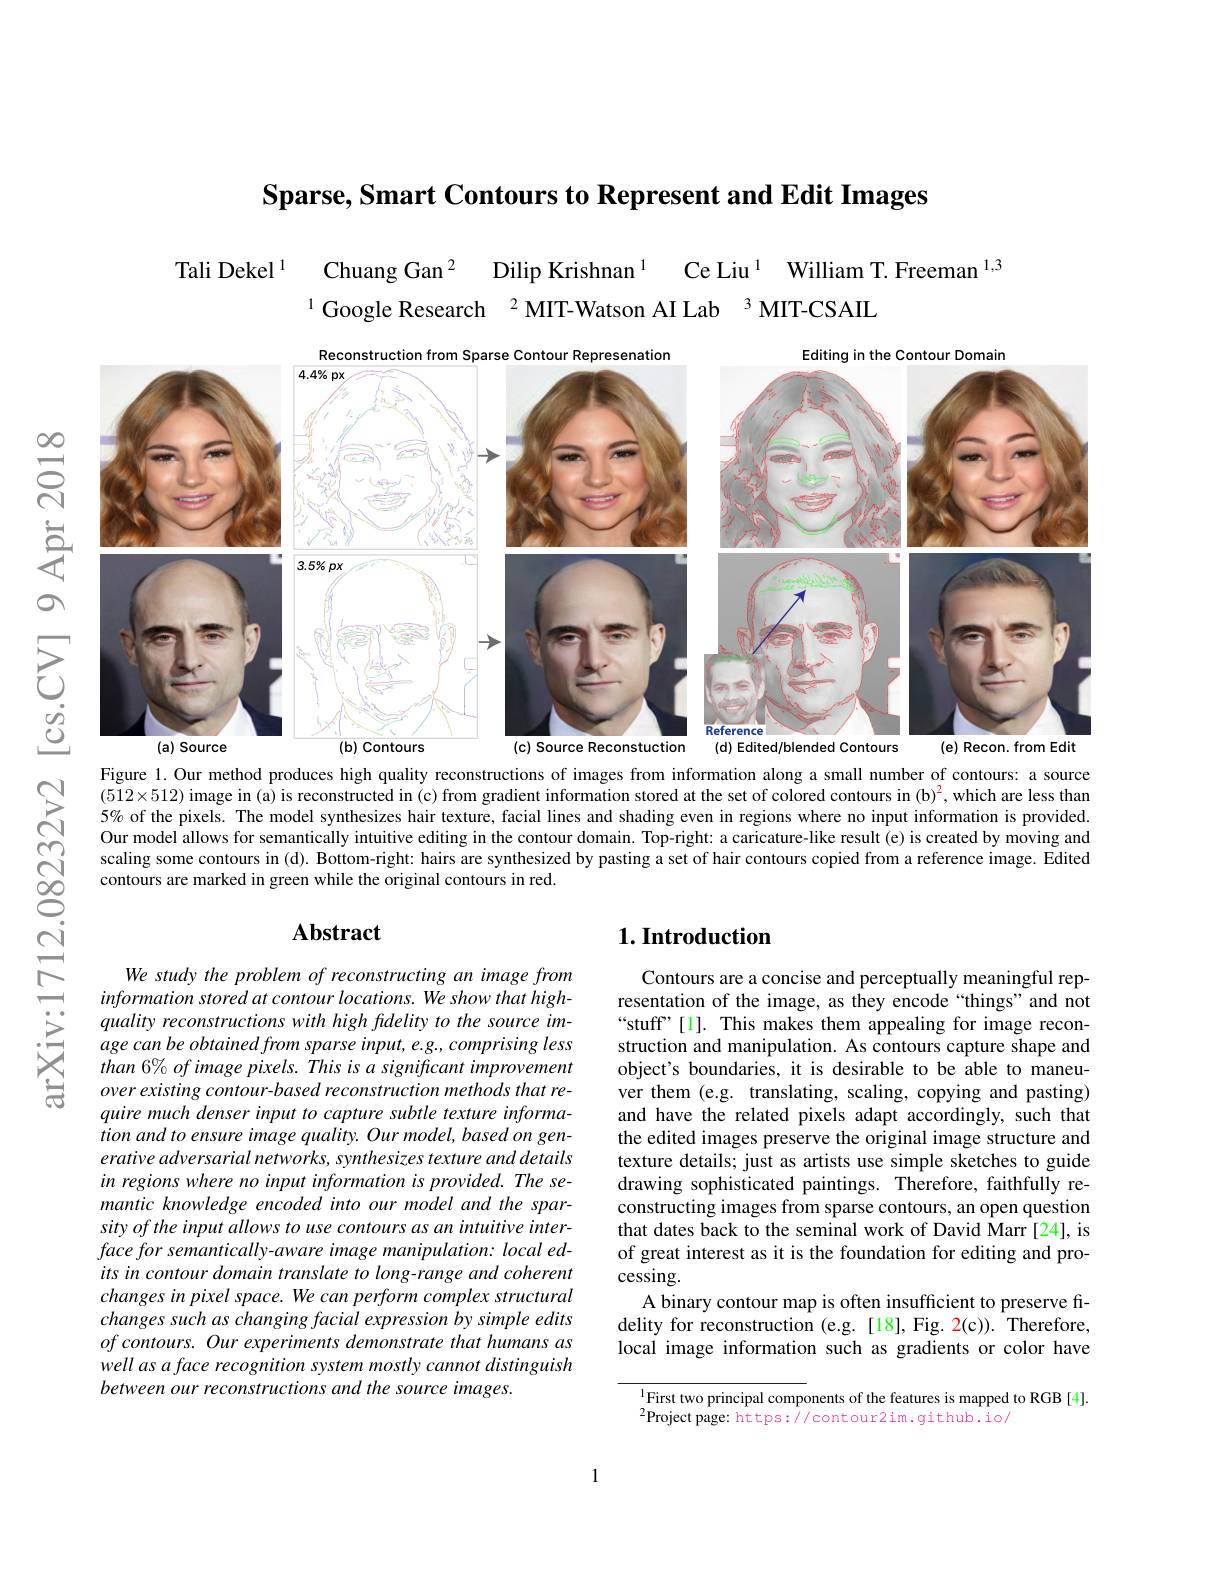
Sparse, Smart Contours to Represent and Edit Images

Ce Liu $^{1}$ William T. Freeman $^{1,3}$
Tali Dekel $^{1}$
Chuang Gan $^{2}$
Dilip Krishnan $^{1}$
$^{1}$Google Research$^{2}$MIT-Watson AI Lab$^{3}$MIT-CSAIL

<FigureHere>

Figure 1. Our method produces high quality reconstructions of images from information along a small number of contours: a source $\bar{(512\times512)\text{image in(a) is reconstructed in(c)from gradient information stored at the set of colored contours in (b)}^2}$,which are less than 5% of the pixels. The model synthesizes hair texture, facial lines and shading even in regions where no input information is provided. Our model allows for semantically intuitive editing in the contour domain. Top-right: a caricature-like result (e) is created by moving and
$స్రే$
scaling some contours in (d). Bottom-right: hairs are synthesized by pasting a set of hair contours copied from a reference image. Edited
contours are marked in green while the original contours in red.

## $\mathbf{Abstract}$

## $1. \textbf{Introduction}$

arXiv:1712.

Contours are a concise and perceptually meaningful representation of the image, as they encode “things”and not “stuff”[1]. This makes them appealing for image reconstruction and manipulation. As contours capture shape and object's boundaries, it is desirable to be able to maneuver them (e.g. translating, scaling, copying and pasting) and have the related pixels adapt accordingly, such that the edited images preserve the original image structure and texture details; just as artists use simple sketches to guide drawing sophisticated paintings. Therefore, faithfully reconstructing images from sparse contours, an open question that dates back to the seminal work of David Marr [24], is of great interest as it is the foundation for editing and pro- $cessing.$
A binary contour map is often insufficient to preserve fidelity for reconstruction (e.g.[18], Fig. 2(c)). Therefore, local image information such as gradients or color have

We study the problem of reconstructing an image from information stored at contour locations. We show that highquality reconstructions with high fidelity to the source image can be obtained from sparse input, e.g., comprising less than 6% of image pixels. This is a significant improvement over existing contour- based reconstruction methods that require much denser input to capture subtle texture information and to ensure image quality. Our model, based on generative adversarial networks, synthesizes texture and details in regions where no input information is provided. The semantic knowledge encoded into our model and the sparsity of the input allows to use contours as an intuitive interface for semantically-aware image manipulation: local edits in contour domain translate to long-range and coherent changes in pixel space. We can perform complex structural changes such as changing facial expression by simple edits of contours. Our experiments demonstrate that humans as well as a face recognition system mostly cannot distinguish between our reconstructions and the source images.

$^{\mathrm{l}}$First two principal components of the features is mapped to RGB [4].
$^{2}$Project page: https://contour2im.github.io/